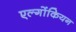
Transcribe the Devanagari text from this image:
एल्गोंकियन